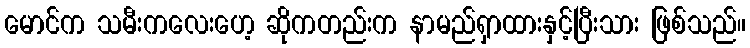
မောင်က သမီးကလေးဟေ့ ဆိုကတည်းက နာမည်ရှာထားနှင့်ပြီးသား ဖြစ်သည်။